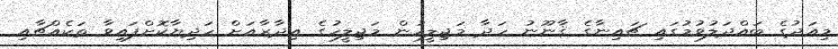
މިއަދުގެ ބައްދަލުވުމުގައި ޗައިނާގެ ޤާނޫނު ހަދާ މަޖިލީހުން މަޖިލީހުގެ އިދާރާއަށް ހަދިޔާކޮށްފައިވާ ތަކެއްޗާއި